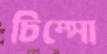
চিম্‌সো